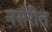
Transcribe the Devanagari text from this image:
नर्सरीत